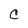
Character: C